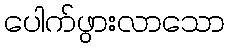
ပေါက်ဖွားလာသော